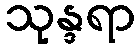
သုန္ဒရာ